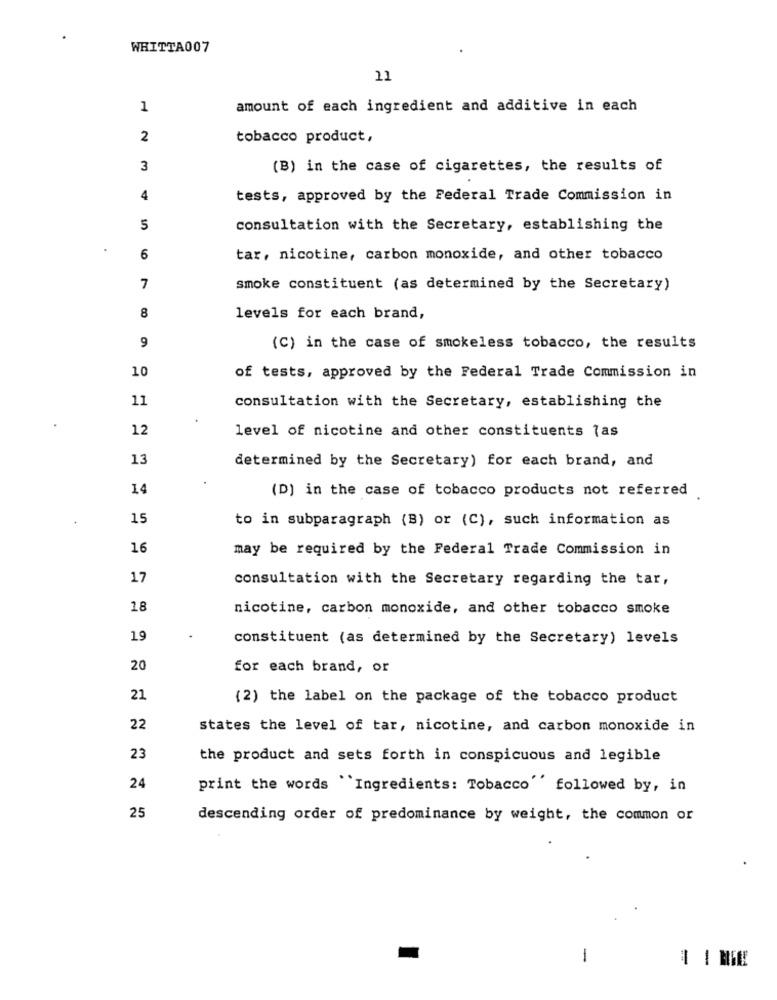
WHITTA007
11
1
amount of each ingredient and additive in each
2
tobacco product,
3
(B) in the case of cigarettes, the results of
4
tests, approved by the Federal Trade Commission in
5
consultation with the Secretary, establishing the
6
tar, nicotine, carbon monoxide, and other tobacco
7
smoke constituent (as determined by the Secretary)
8
levels for each brand,
9
(C) in the case of smokeless tobacco, the results
10
of tests, approved by the Federal Trade Commission in
11
consultation with the Secretary, establishing the
12
level of nicotine and other constituents las
13
determined by the Secretary) for each brand, and
14
(D) in the case of tobacco products not referred
15
to in subparagraph (B) or (C), such information as
16
may be required by the Federal Trade Commission in
17
consultation with the Secretary regarding the tar,
18
nicotine, carbon monoxide, and other tobacco smoke
19
constituent (as determined by the Secretary) levels
20
for each brand, or
21
(2) the label on the package of the tobacco product
22
states the level of tar, nicotine, and carbon monoxide in
23
the product and sets forth in conspicuous and legible
24
print the words "Ingredients: Tobacco'' followed by, in
25
descending order of predominance by weight, the common or
-
-